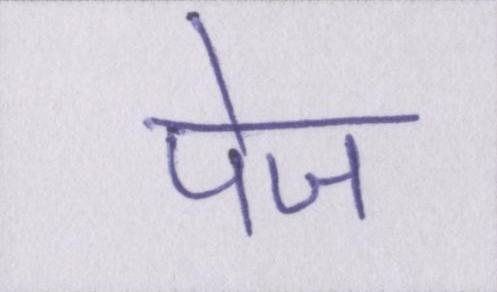
पेज